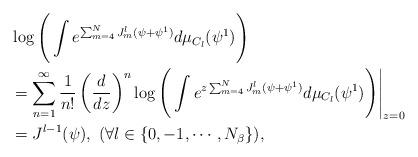
LaTeX: \begin{align*}&\log\Bigg(\int e^{\sum_{m=4}^NJ_m^l(\psi+\psi^1)}d\mu_{C_l}(\psi^1)\Bigg)\\&=\sum_{n=1}^{\infty}\frac{1}{n!}\left(\frac{d}{dz}\right)^n\log\Bigg(\int e^{z\sum_{m=4}^NJ_m^l(\psi+\psi^1)}d\mu_{C_l}(\psi^1)\Bigg)\Bigg|_{z=0}\\&=J^{l-1}(\psi),\ (\forall l\in \{0,-1,\cdots,N_{\beta}\}),\end{align*}